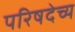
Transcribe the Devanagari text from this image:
परिषदेच्य